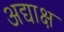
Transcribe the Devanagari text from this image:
अद्याक्ष